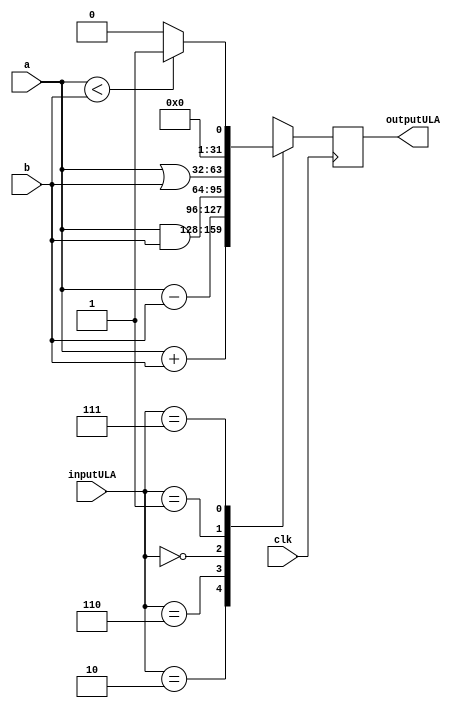
module ULA (input         clk,
			input  [0:3]  inputULA, 
			input  [0:31] a,
			input  [0:31] b,
			output reg [0:31] outputULA);
	always @(posedge clk) begin
	   	case(inputULA)
			4'b0010: //Operao "Add"
				outputULA <= a + b;
			4'b0110: //Operao "Sub"
				outputULA <= a - b;
			4'b0000: //Operao "And"
				outputULA <= a & b;
			4'b0001: //Operao "Or"
				outputULA <= a | b;
			4'b0111: //Operao "Slt"
				begin
					if(a < b) begin
						outputULA <= 32'h1;
					end else begin 
						outputULA <= 32'h0;
					end
				end
			default://Se a entrada no bater com nada nenhuma operao ser realizada
				outputULA <= 32'hx;
		endcase
	end
endmodule